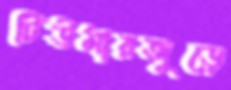
টিউমারজুড়ে